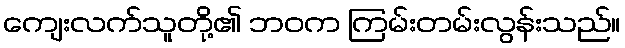
ကျေးလက်သူတို့၏ ဘဝက ကြမ်းတမ်းလွန်းသည်။